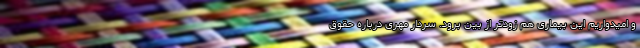
و امیدواریم این بیماری هم‌ زودتر از بین برود. سردار مهری درباره حقوق